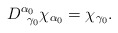
\begin{align*}D_{\;\;\gamma _{0}}^{\alpha _{0}}\chi _{\alpha _{0}}=\chi _{\gamma _{0}}.\end{align*}